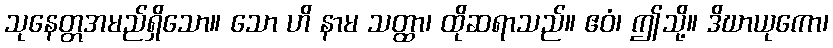
သုနေတ္တအမည်ရှိသော။ သော ဟိ နာမ သတ္ထာ၊ ထိုဆရာသည်။ ဧဝံ၊ ဤသို့။ ဒိဃာယုကော၊